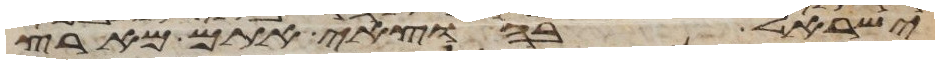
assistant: ישראל בהוצאי אתם מארץ